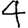
Digit: 4